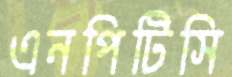
এনপিটিসি